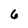
Character: 6